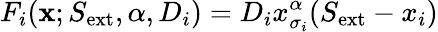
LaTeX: F_{i}(\textbf{x};S_{\mathrm{ext}},\alpha,D_{i})=D_{i}x_{\sigma_{i}}^{\alpha}(S_{\mathrm{ext}}-x_{i})